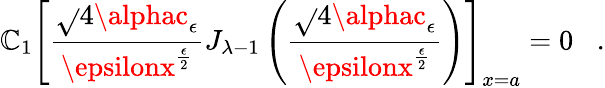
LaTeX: \mathbb{C}_{1}\left[\frac{{\sqrt{}{{4\alphac_{\epsilon}}}}}{{\epsilonx^{\frac{{\epsilon}}{{2}}}}}J_{{\lambda}-1}\left(\frac{{\sqrt{}{{4\alphac_{\epsilon}}}}}{{\epsilonx^{\frac{{\epsilon}}{{2}}}}}\right)\right]_{x=a}=0\; \; \; .